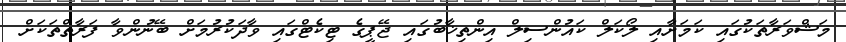
މަޝްވަރާތަކުގައި ކަމަށާއި ލޯކަލް ކައުންސިލް އިންތިޚާބުގައި ޖޭޕީގެ ޓިކެޓްގައި ވާދަކުރުމަށް ބޭނުންވާ ފަރާތްތަކަށް